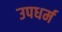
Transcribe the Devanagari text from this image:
उपधर्म